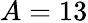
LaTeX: A=13